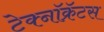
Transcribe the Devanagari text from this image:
टेक्नॉक्रॅटस